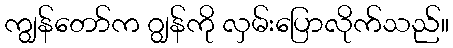
ကျွန်တော်က ဂျွန်ကို လှမ်းပြောလိုက်သည်။